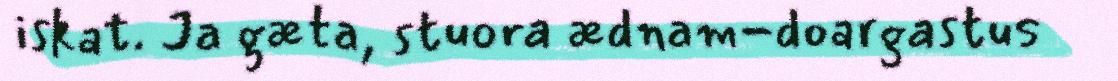
iskat. Ja gæta, stuora ædnam-doargastus